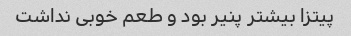
پیتزا بیشتر پنیر بود و طعم خوبی نداشت